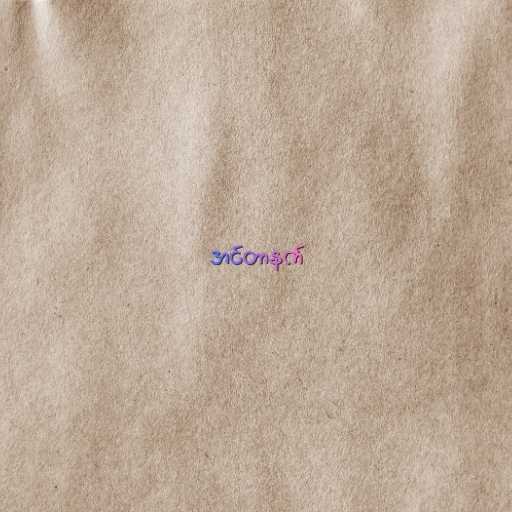
အင်တာနက်